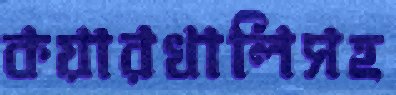
কয়ারখালিসহ